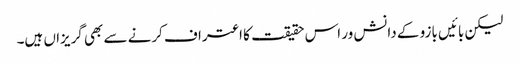
لیکن بائیں بازو کے دانش ور اس حقیقت کا اعتراف کرنے سے بھی گریزاں ہیں۔